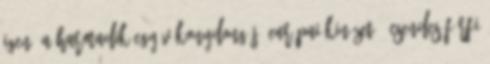
Igen, a harmadik egy vékonydongájú európai kinézetű, csendes férfi